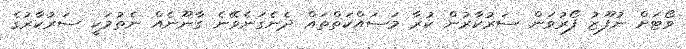
ވޯޓަށް ނުފޫޒު ފޯރުވަން ސަރުކާރުން ކުރާ މަސައްކަތްތައް ދެނެގަނެވޭނެ ގާނޫނެއް ނެތުމަކީ ސަރުކާރުގެ